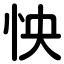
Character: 怏